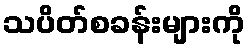
သပိတ်စခန်းများကို